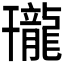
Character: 𪚒